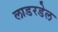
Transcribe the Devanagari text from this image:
लाडरडेल